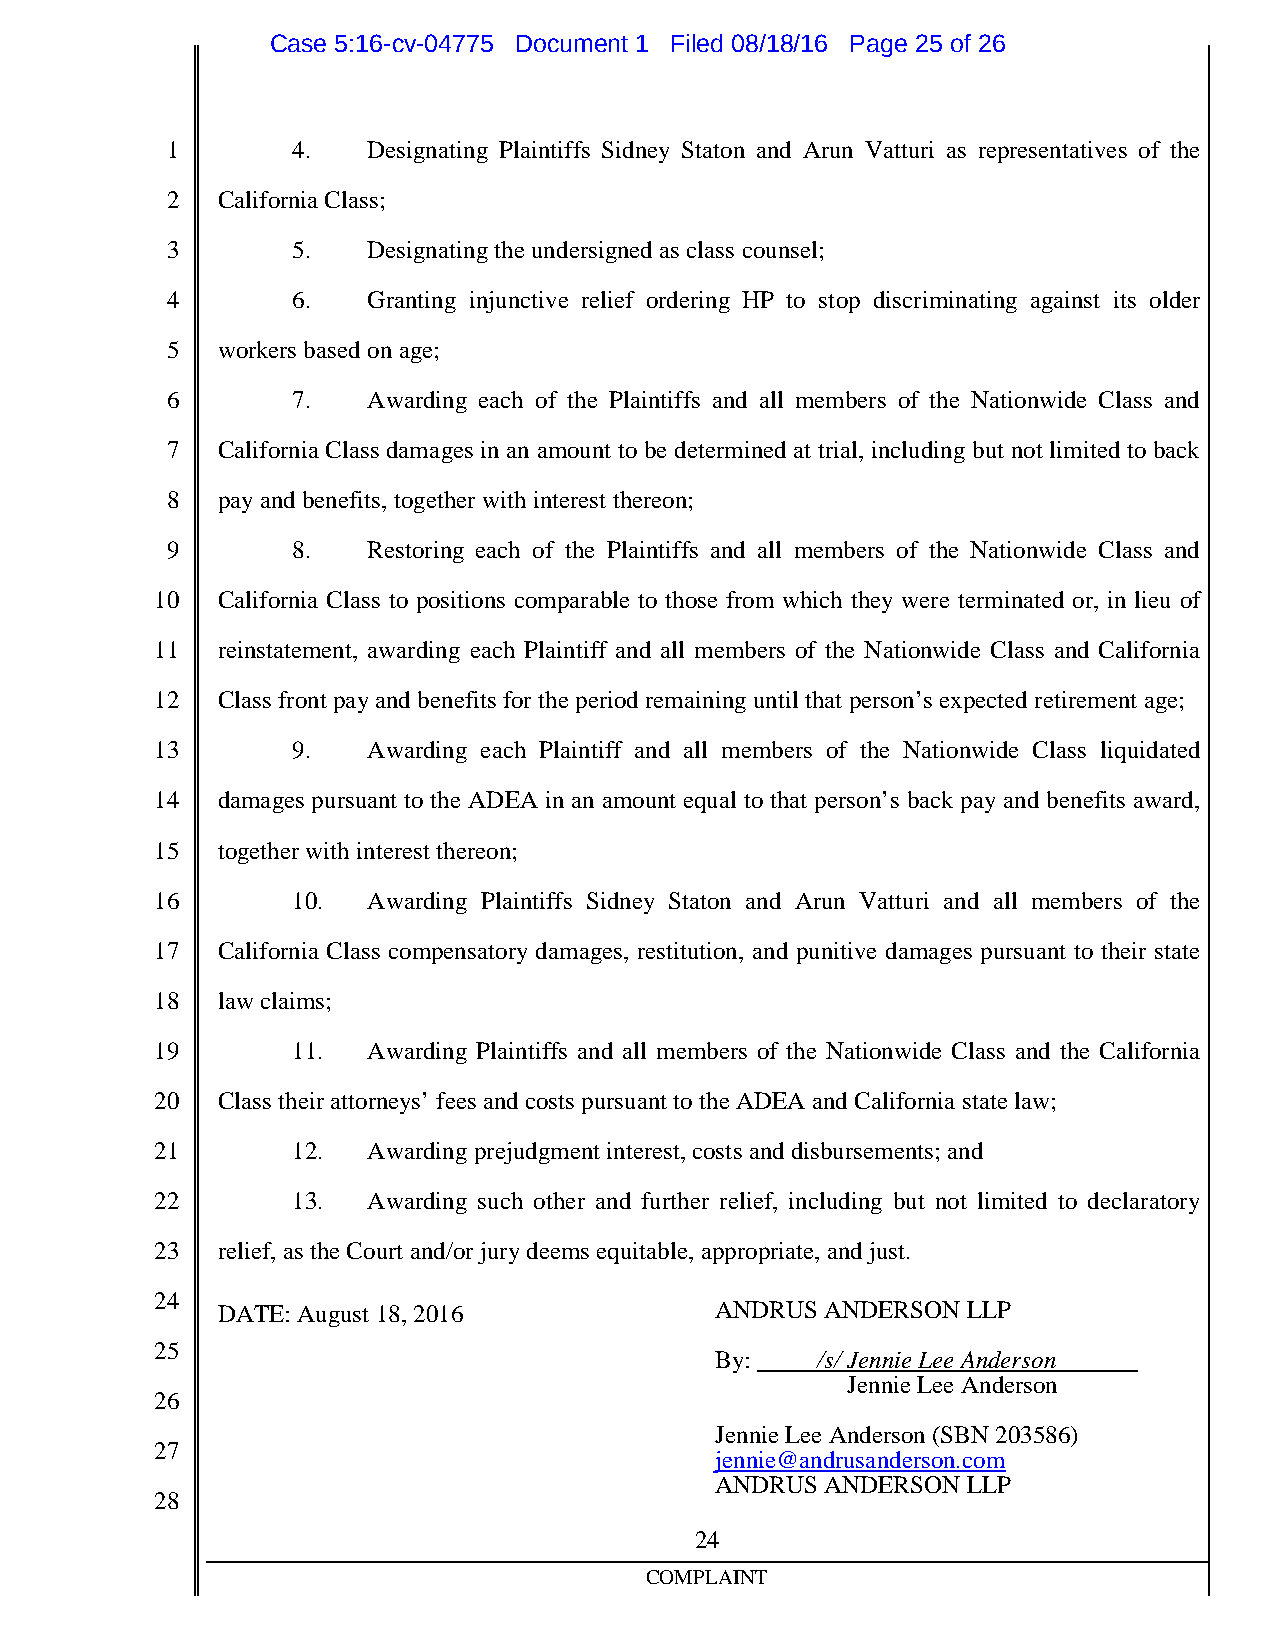
Case 5:16-cv-04775 Document 1 Filed 08/18/16 Page 25 of 26
 1       4.   Designating Plaintiffs Sidney Staton and Arun Vatturi as representatives of the
 2  CaliforniaClass;
 3       5.   Designatingtheundersignedas class counsel;
 4       6.   Granting injunctive relief ordering HP to stop discriminating against its older
 5  workers basedonage;
 6       7.   Awarding each of the Plaintiffs and all members of the Nationwide Class and
 7  California Class damages in an amount to be determined at trial, including but not limited to back
 8  payandbenefits, togetherwithinterest thereon;
 9       8.   Restoring each of the Plaintiffs and all members of the Nationwide Class and
 10  California Class to positions comparable to those from which they were terminated or, in lieu of
 11  reinstatement, awarding each Plaintiff and all members of the Nationwide Class and California
 12  Class front payandbenefits fortheperiodremaininguntil that person’s expectedretirement age;
 13       9.   Awarding each Plaintiff and all members of the Nationwide Class liquidated
 14  damages pursuant to the ADEA in an amount equal to that person’s back pay and benefits award,
 15  togetherwithinterest thereon;
 16       10.  Awarding Plaintiffs Sidney Staton and Arun Vatturi and all members of the
 17  California Class compensatory damages, restitution, and punitive damages pursuant to their state
 18  lawclaims;
 19       11.  Awarding Plaintiffs and all members of the Nationwide Class and the California
 20  Class theirattorneys’fees andcosts pursuant totheADEA andCaliforniastatelaw;
 21       12.  Awardingprejudgment interest,costs anddisbursements; and
 22       13.  Awarding such other and further relief, including but not limited to declaratory
 23  relief,as theCourt and/orjurydeems equitable, appropriate,andjust.
 24
 DATE: August 18,2016             ANDRUS  ANDERSON LLP
 25
 By:    /s/ JennieLeeAnderson
 Jennie Lee Anderson
 26
 Jennie Lee Anderson (SBN203586)
 27
 jennie@andrusanderson.com
 ANDRUS  ANDERSON LLP
 28
 24
 COMPLAINT